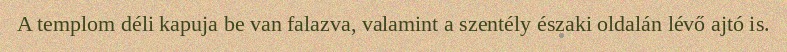
A templom déli kapuja be van falazva, valamint a szentély északi oldalán lévő ajtó is.